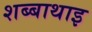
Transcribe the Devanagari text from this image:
शब्बाथाइ